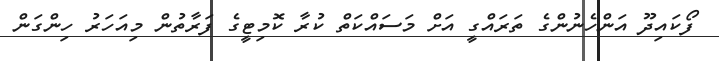
ފޯކައިދޫ އަންހެނުންގެ ތަރައްގީ އަށް މަސައްކަތް ކުރާ ކޮމިޓީގެ ފަރާތުން މިއަހަރު ހިންގަން